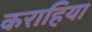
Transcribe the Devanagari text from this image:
कराहिया